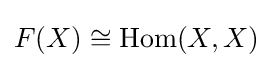
F(X)\cong {\text{Hom}}(X,X)